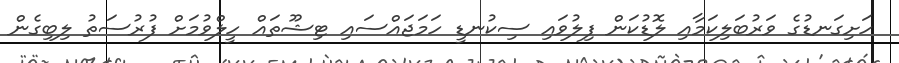
ހަށިގަނޑުގެ ވަރުބަލިކަމާއި ލޮޑުކަން ފިލުވައި ސިކުނޑީ ހަމަޖައްސައި ޓިޝޫތައް ހީލްވުމަށް ފުރުސަތު ލިބިގެން